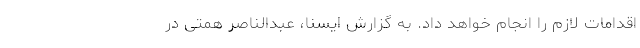
اقدامات لازم را انجام خواهد داد. به گزارش ایسنا، عبدالناصر همتی در